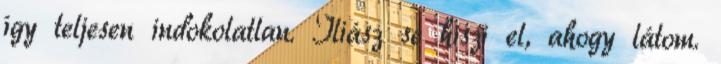
így teljesen indokolatlan. Iliász se hiszi el, ahogy látom.